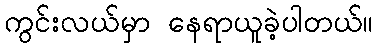
ကွင်းလယ်မှာ နေရာယူခဲ့ပါတယ်။